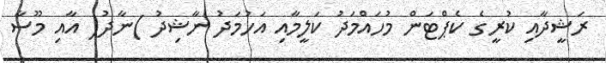
ރަޝީދާއި ކުރީގެ ކެޕްޓަން މުހައްމަދު ކަލީމާއި އަހުމަދު ނާޝިދު )ނާދު( އާއި މޫސާ